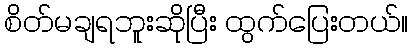
စိတ်မချရဘူးဆိုပြီး ထွက်ပြေးတယ်။